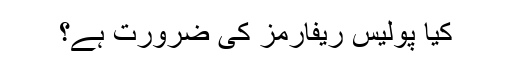
کیا پولیس ریفارمز کی ضرورت ہے؟